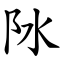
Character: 阥